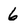
Character: 6